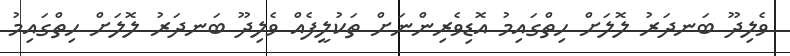
ވެލިދޫ ބަނދަރު ލޮލަށް ހިތްގައިމު އޮޑިވެރިންނަށް ތަކުލީފެއް ވެލިދޫ ބަނދަރު ލޮލަށް ހިތްގައިމު